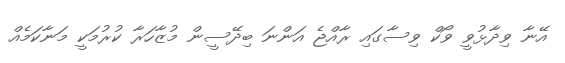
އޭނާ ވިދާޅުވީ ވޯކް ވިސާގައި ރާއްޖެ އަންނަ ބިދޭސީން މުޒާހަރާ ކުރުމަކީ މަނާކަމެއް